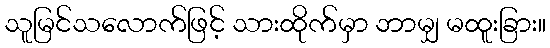
သူမြင်သလောက်ဖြင့် သားထိုက်မှာ ဘာမျှ မထူးခြား။